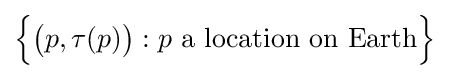
{\Big \{}{\big (}p,\tau (p){\big )}:p{\text{ a location on Earth}}{\Big \}}